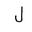
Letter: _lam